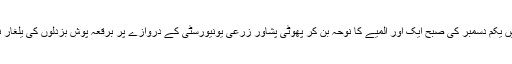
اس المیوں سے بھری زندگی میں یکم دسمبر کی صبح ایک اور المیے کا نوحہ بن کر پھوٹی پشاور زرعی یونیورسٹی کے دروازے پر برقعہ پوش بزدلوں کی یلغار نے 9معصوم زندگیاں نگل لیں ۔